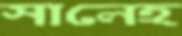
সালেহ